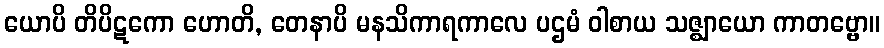
ယောပိ တိပိဋကော ဟောတိ, တေနာပိ မနသိကာရကာလေ ပဌမံ ဝါစာယ သဇ္ဈာယော ကာတဗ္ဗော။